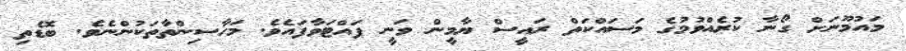
މައުމޫނަށް ގޯނާ ކުރެއްވުމުގެ މަސައްކަތް ރައީސް ޔާމީން ވަނީ ފައްޓަވާފައެވެ. މަހާސިންތާތަކުންނެވެ. ބޮޑެތި